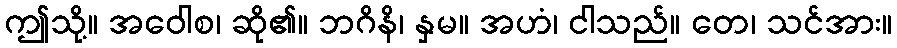
ဤသို့။ အဝေါစ၊ ဆို၏။ ဘဂိနိ၊ နှမ။ အဟံ၊ ငါသည်။ တေ၊ သင်အား။